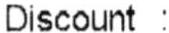
DISCOUNT :